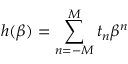
h ( \beta ) = \sum _ { n = - M } ^ { M } t _ { n } \beta ^ { n }